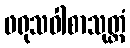
ဖရုသဝါစာသုတ္တံ